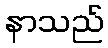
နာသည်